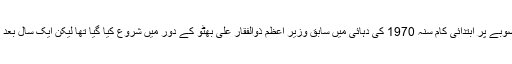
لواری سرنگ کے منصوبے پر ابتدائی کام سنہ 1970 کی دہائی میں سابق وزیر اعظم ذوالفقار علی بھٹو کے دور میں شروع کیا گیا تھا لیکن ایک سال بعد اسے بند کر دیا گیا تھا۔